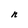
Character: n